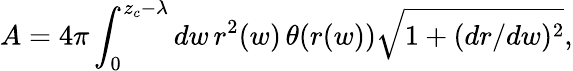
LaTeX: A=4\pi\int_{0}^{z_{c}-\lambda}dw\, r^{2}(w)\, \theta(r(w))\sqrt{1+(dr/dw)^{2}},